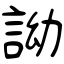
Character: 詏